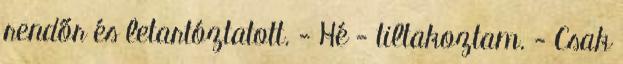
rendőr és letartóztatott. - Hé - tiltakoztam. - Csak